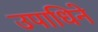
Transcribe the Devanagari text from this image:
उपाधिने